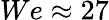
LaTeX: We\approx 27